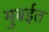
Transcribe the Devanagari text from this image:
मुबईत